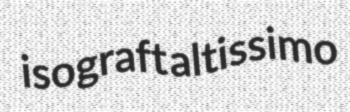
isograft altissimo